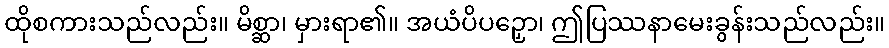
ထိုစကားသည်လည်း။ မိစ္ဆာ၊ မှားရာ၏။ အယံပိပဉှော၊ ဤပြဿနာမေးခွန်းသည်လည်း။